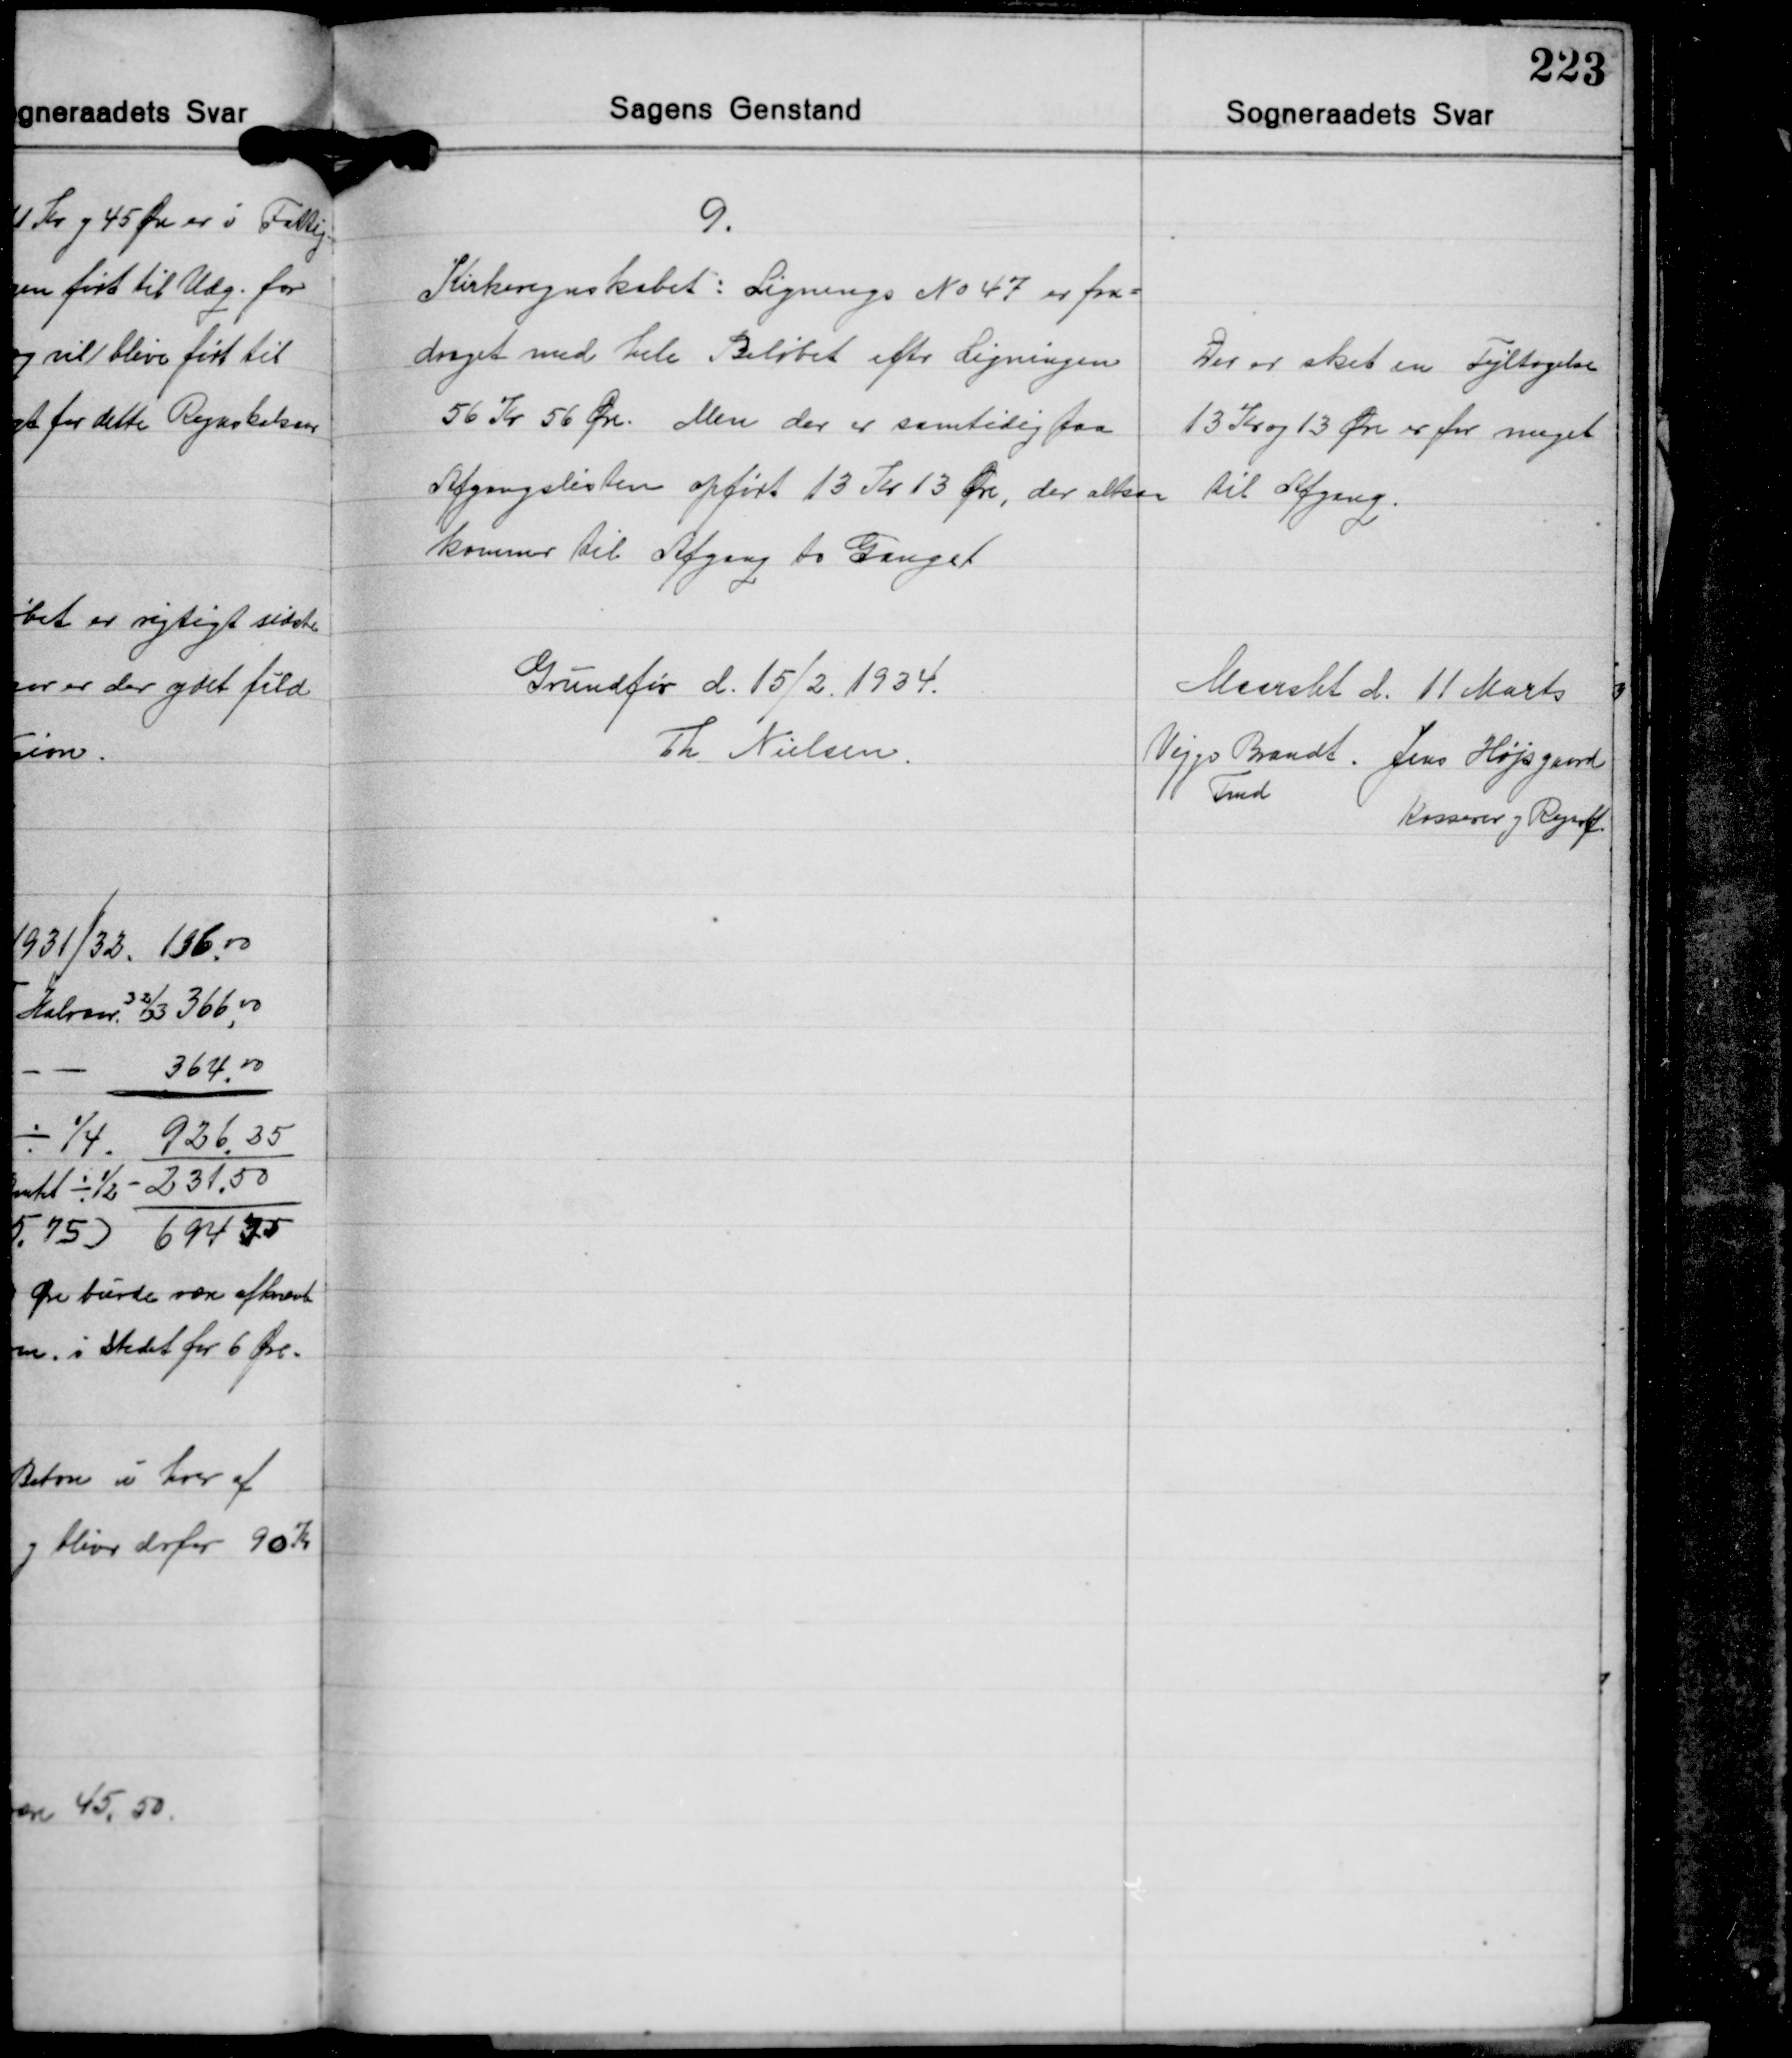
Transskription:
9.
Kirkeregnskabet: Lignings No 47 er fra-
draget med hele Beløbet efter Ligningen
56 Kr 56 Øre. Men der er samtidig paa
Afgangslisten opført 13 Kr 13 Øre, der altsaa
kommer til Afgaag to Ganget

Der er sket en Fejltagelse
13 Kr og 13 Øre er for meget
til Afgang.

Grundfør d. 15/2. 1934.
Th. Nielsen

Maarslet d. 11 Marts
Viggo Brandt Jens Højsgaard
Fmd.
Kasserer og Regnsf.